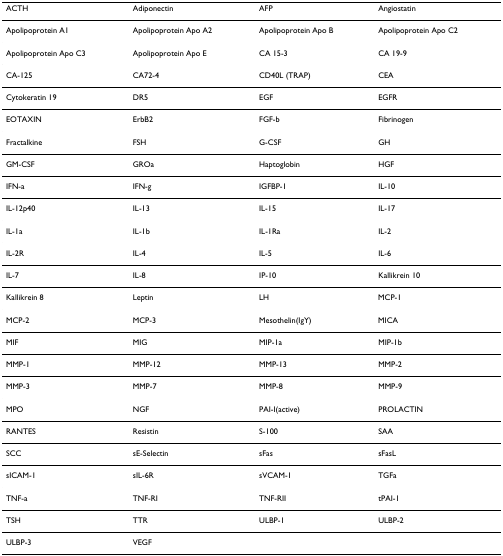
| ACTH | Adiponectin | AFP | Angiostatin |
 | --- | --- | --- | --- |
 | Apolipoprotein A1 | Apolipoprotein Apo A2 | Apolipoprotein Apo B | Apolipoprotein Apo C2 |
 | Apolipoprotein Apo C3 | Apolipoprotein Apo E | CA 15-3 | CA 19-9 |
 | CA-125 | CA72-4 | CD40L (TRAP) | CEA |
 | Cytokeratin 19 | DR5 | EGF | EGFR |
 | EOTAXIN | ErbB2 | FGF-b | Fibrinogen |
 | Fractalkine | FSH | G-CSF | GH |
 | GM-CSF | GROa | Haptoglobin | HGF |
 | IFN-a | IFN-g | IGFBP-1 | IL-10 |
 | IL-12p40 | IL-13 | IL-15 | IL-17 |
 | IL-1a | IL-1b | IL-1Ra | IL-2 |
 | IL-2R | IL-4 | IL-5 | IL-6 |
 | IL-7 | IL-8 | IP-10 | Kallikrein 10 |
 | Kallikrein 8 | Leptin | LH | MCP-1 |
 | MCP-2 | MCP-3 | Mesothelin(IgY) | MICA |
 | MIF | MIG | MIP-1a | MIP-1b |
 | MMP-1 | MMP-12 | MMP-13 | MMP-2 |
 | MMP-3 | MMP-7 | MMP-8 | MMP-9 |
 | MPO | NGF | PAI-I(active) | PROLACTIN |
 | RANTES | Resistin | S-100 | SAA |
 | SCC | sE-Selectin | sFas | sFasL |
 | sICAM-1 | sIL-6R | sVCAM-1 | TGFa |
 | TNF-a | TNF-RI | TNF-RII | tPAI-1 |
 | TSH | TTR | ULBP-1 | ULBP-2 |
 | ULBP-3 | VEGF |  |  |